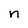
Character: n